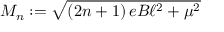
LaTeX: M _ { n } : = \sqrt { \left( 2 n + 1 \right) e B \ell ^ { 2 } + \mu ^ { 2 } }